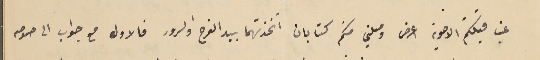
غب قبلتكم الاخوية اعرض وصلني منكم كتابان اتخذتهما بيد الفرح والسرور فالاول مع جواب الى صومه